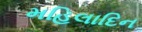
મહિલાદિન